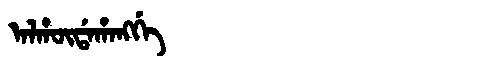
Manchu: ᠠᠯᡥᡡᡩᠠᡥᠠᠩᡤᡝ
Romanization: ALHŪDAHANGGE